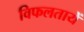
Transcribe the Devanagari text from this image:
विफलतायें